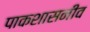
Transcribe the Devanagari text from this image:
पाकशासनीव